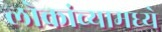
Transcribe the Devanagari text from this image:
लोकांच्यामध्ये